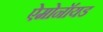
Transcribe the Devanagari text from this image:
ऐमोनॉयड